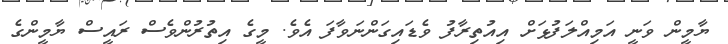
ޔާމީން ވަނީ އަމިއްލަފުޅަށް އިއުތިރާފު ވެޑައިގަންނަވާފަ އެވެ. މީގެ އިތުރުންވެސް ރައީސް ޔާމީންގެ